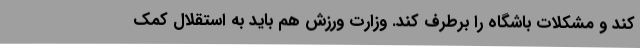
کند و مشکلات باشگاه را برطرف کند. وزارت ورزش هم باید به استقلال کمک